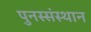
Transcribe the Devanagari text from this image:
पुनस्संस्थान